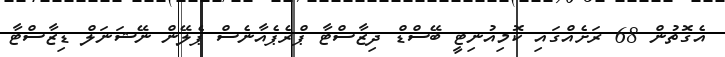
އެގޮތުން 68 ރަށެއްގައި ކޮމިއުނިޓީ ބޭސްޑް ދިޒާސްޓާ ޕްރެޕެއާނެސް ޕެލޭން ނޭޝަނަލް ޑިޒާސްޓާ